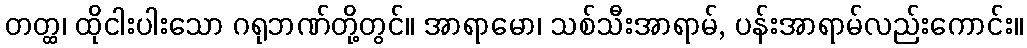
တတ္ထ၊ ထိုငါးပါးသော ဂရုဘဏ်တို့တွင်။ အာရာမော၊ သစ်သီးအာရာမ်, ပန်းအာရာမ်လည်းကောင်း။